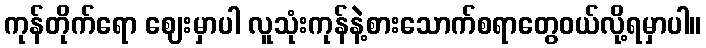
ကုန်တိုက်ရော ဈေးမှာပါ လူသုံးကုန်နဲ့စားသောက်စရာတွေဝယ်လို့ရမှာပါ။